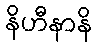
နိဟီနာနိ